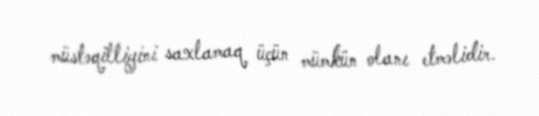
müstəqilliyini saxlamaq üçün mümkün olanı etməlidir.